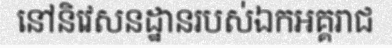
នៅនិវេសនដ្ឋានរបស់ឯកអគ្គរាជ